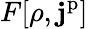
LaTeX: F[\rho,\mathbf{j}^{\mathrm{p}}]